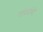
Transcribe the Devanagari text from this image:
गरिबांशी